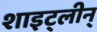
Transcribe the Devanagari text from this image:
शाइट्लीन्